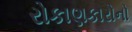
રોકાણકારોનો